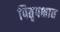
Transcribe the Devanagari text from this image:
पितृपक्षात